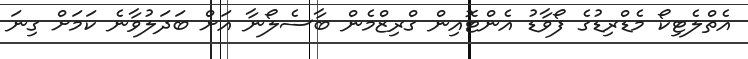
އެތްލެޓިކޯ މެޑްރިޑުގެ ފޯވާޑު އެންޓޮއިން ގްރިޒްމެން ބާސެލޯނާ އަށް ބަދަލުވާނެ ކަމަށް ގިނަ